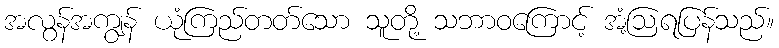
အလွန်အကျွန် ယုံကြည်တတ်သော သူတို့ သဘာဝကြောင့် အံ့ဩရပြန်သည်။